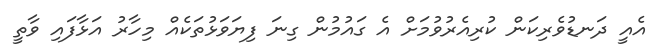
އެއީ ދަނޑުވެރިކަން ކުރިއެރުުވުމަށް އެ ގައުމުން ގިނަ ފިޔަވަޅުތަކެއް މިހާރު އަޅާފައި ވާތީ